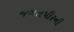
જગતપીરની